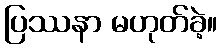
ပြဿနာ မဟုတ်ခဲ့။